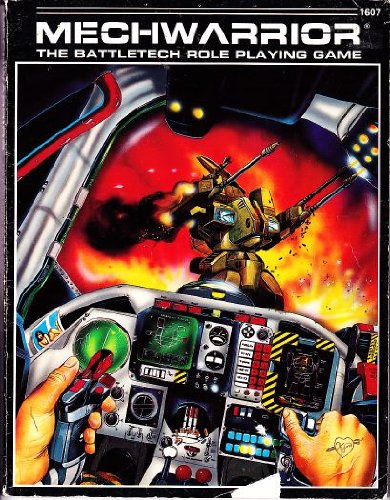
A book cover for Mechwarrior: The Battletech Role Playing Game; Richard K Meyer; Science Fiction & Fantasy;